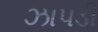
ઝાપડી